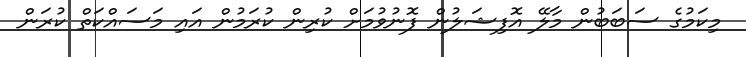
މިކަމުގެ ސަބަބުން މާލޭ އޮފިޝަލުން ފޮނުވުމަށް ކުރިން ކުރަމުން އައި މަސައްކަތް ކުރަން